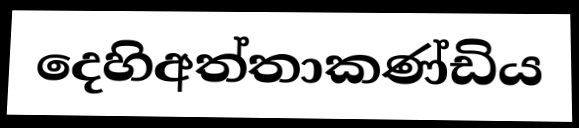
දෙහිඅත්තාකණ්ඩිය